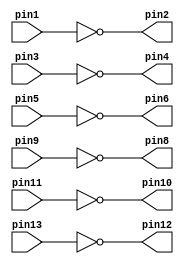
module v7404 (pin1, pin3, pin5, pin9, pin11, pin13,pin2, pin4, pin6, pin8, pin10, pin12);
	input pin1, pin3, pin5, pin9, pin11, pin13;
	output pin2, pin4, pin6, pin8, pin10, pin12;
	assign pin2 = ~pin1;
	assign pin4 = ~pin3;
	assign pin6 = ~pin5;
	assign pin8 = ~pin9;
	assign pin10 = ~pin11;
	assign pin12 = ~pin13;
endmodule

module v7408 (pin1, pin3, pin5, pin9, pin11, pin13,pin2, pin4, pin6, pin8, pin10, pin12);
	input pin1, pin2, pin4, pin5, pin9, pin10, pin12, pin13;
	output pin3, pin6, pin8, pin11;
	assign pin3 = pin1 & pin2;
	assign pin6 = pin4 & pin5;
	assign pin8 = pin9 & pin10;
	assign pin11 = pin12 & pin13;
endmodule


module v7432 (pin1, pin3, pin5, pin9, pin11, pin13,pin2, pin4, pin6, pin8, pin10, pin12);
	input pin1, pin2, pin4, pin5, pin9, pin10, pin12, pin13;
	output pin3, pin6, pin8, pin11;
	assign pin3 = pin1 | pin2;
	assign pin6 = pin4 | pin5;
	assign pin8 = pin9 | pin10;
	assign pin11 = pin12 | pin13;
endmodule

module mux2to1 (x,y,s,m);
	input x; //select 0
    	input y; //select 1
    	input s; //select signal
    	output m; //output
	wire w0, w1, w2; //define my wires
	v7404 U0 (
		.pin1(s),
		.pin2(w0)	
	);
	v7408 U1 (
		.pin1(w0),
		.pin2(x),
		.pin3(w1),
		.pin4(s),

		.pin5(y),

		.pin6(w2)
	);
	v7432 U2 (
		.pin1(w1),
		.pin2(w2),
		.pin3(m)
	);
  
endmodule